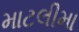
માટલીમા